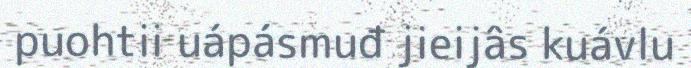
puohtii uápásmuđ jieijâs kuávlu